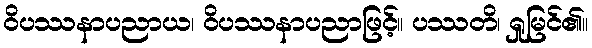
ဝိပဿနာပညာယ၊ ဝိပဿနာပညာဖြင့်။ ပဿတိ၊ ရှုမြင်၏။